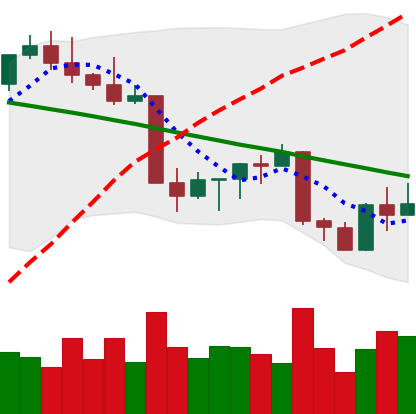
Ticker: ETH-USD
Chart end date: 2022-08-31
Forward return: 4.087%
Label: up_3_5